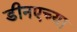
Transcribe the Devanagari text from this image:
डीनएच्या